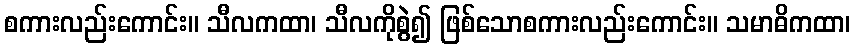
စကားလည်းကောင်း။ သီလကထာ၊ သီလကိုစွဲ၍ ဖြစ်သောစကားလည်းကောင်း။ သမာဓိကထာ၊